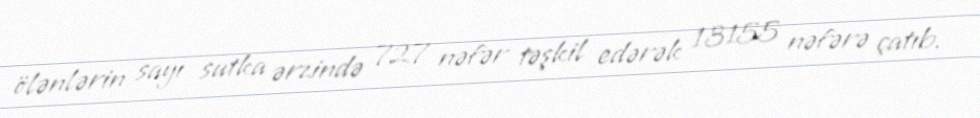
ölənlərin sayı sutka ərzində 727 nəfər təşkil edərək 13155 nəfərə çatıb.